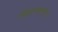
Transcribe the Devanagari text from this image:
खेडकरांचा